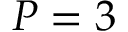
P = 3